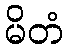
မိတံ